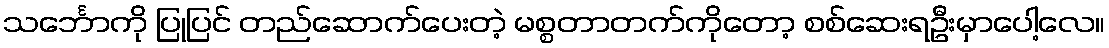
သင်္ဘောကို ပြုပြင် တည်ဆောက်ပေးတဲ့ မစ္စတာတက်ကိုတော့ စစ်ဆေးရဦးမှာပေါ့လေ။